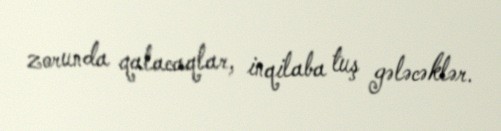
zorunda qalacaqlar, inqilaba tuş gələcəklər.